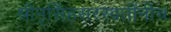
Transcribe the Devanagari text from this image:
श्रीनृसिंहसरस्वतींनीच